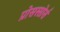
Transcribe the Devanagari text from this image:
प्रोसस्सोर्स